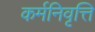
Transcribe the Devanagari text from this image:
कर्मनिवृत्ति